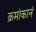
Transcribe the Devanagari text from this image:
क्रमांकानं